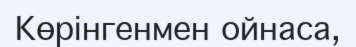
Көрінгенмен ойнаса,